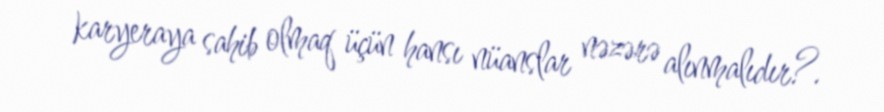
karyeraya sahib olmaq üçün hansı nüanslar nəzərə alınmalıdır?.